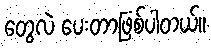
တွေလဲ ပေးတာဖြစ်ပါတယ်။